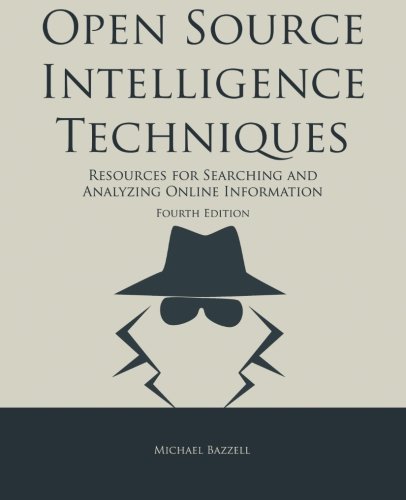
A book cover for Open Source Intelligence Techniques: Resources for Searching and Analyzing Online Information; Michael Bazzell; Computers & Technology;